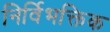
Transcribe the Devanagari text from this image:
निर्विभक्तिक